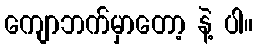
ကျောဘက်မှာတော့ နဲ့ ပါ။